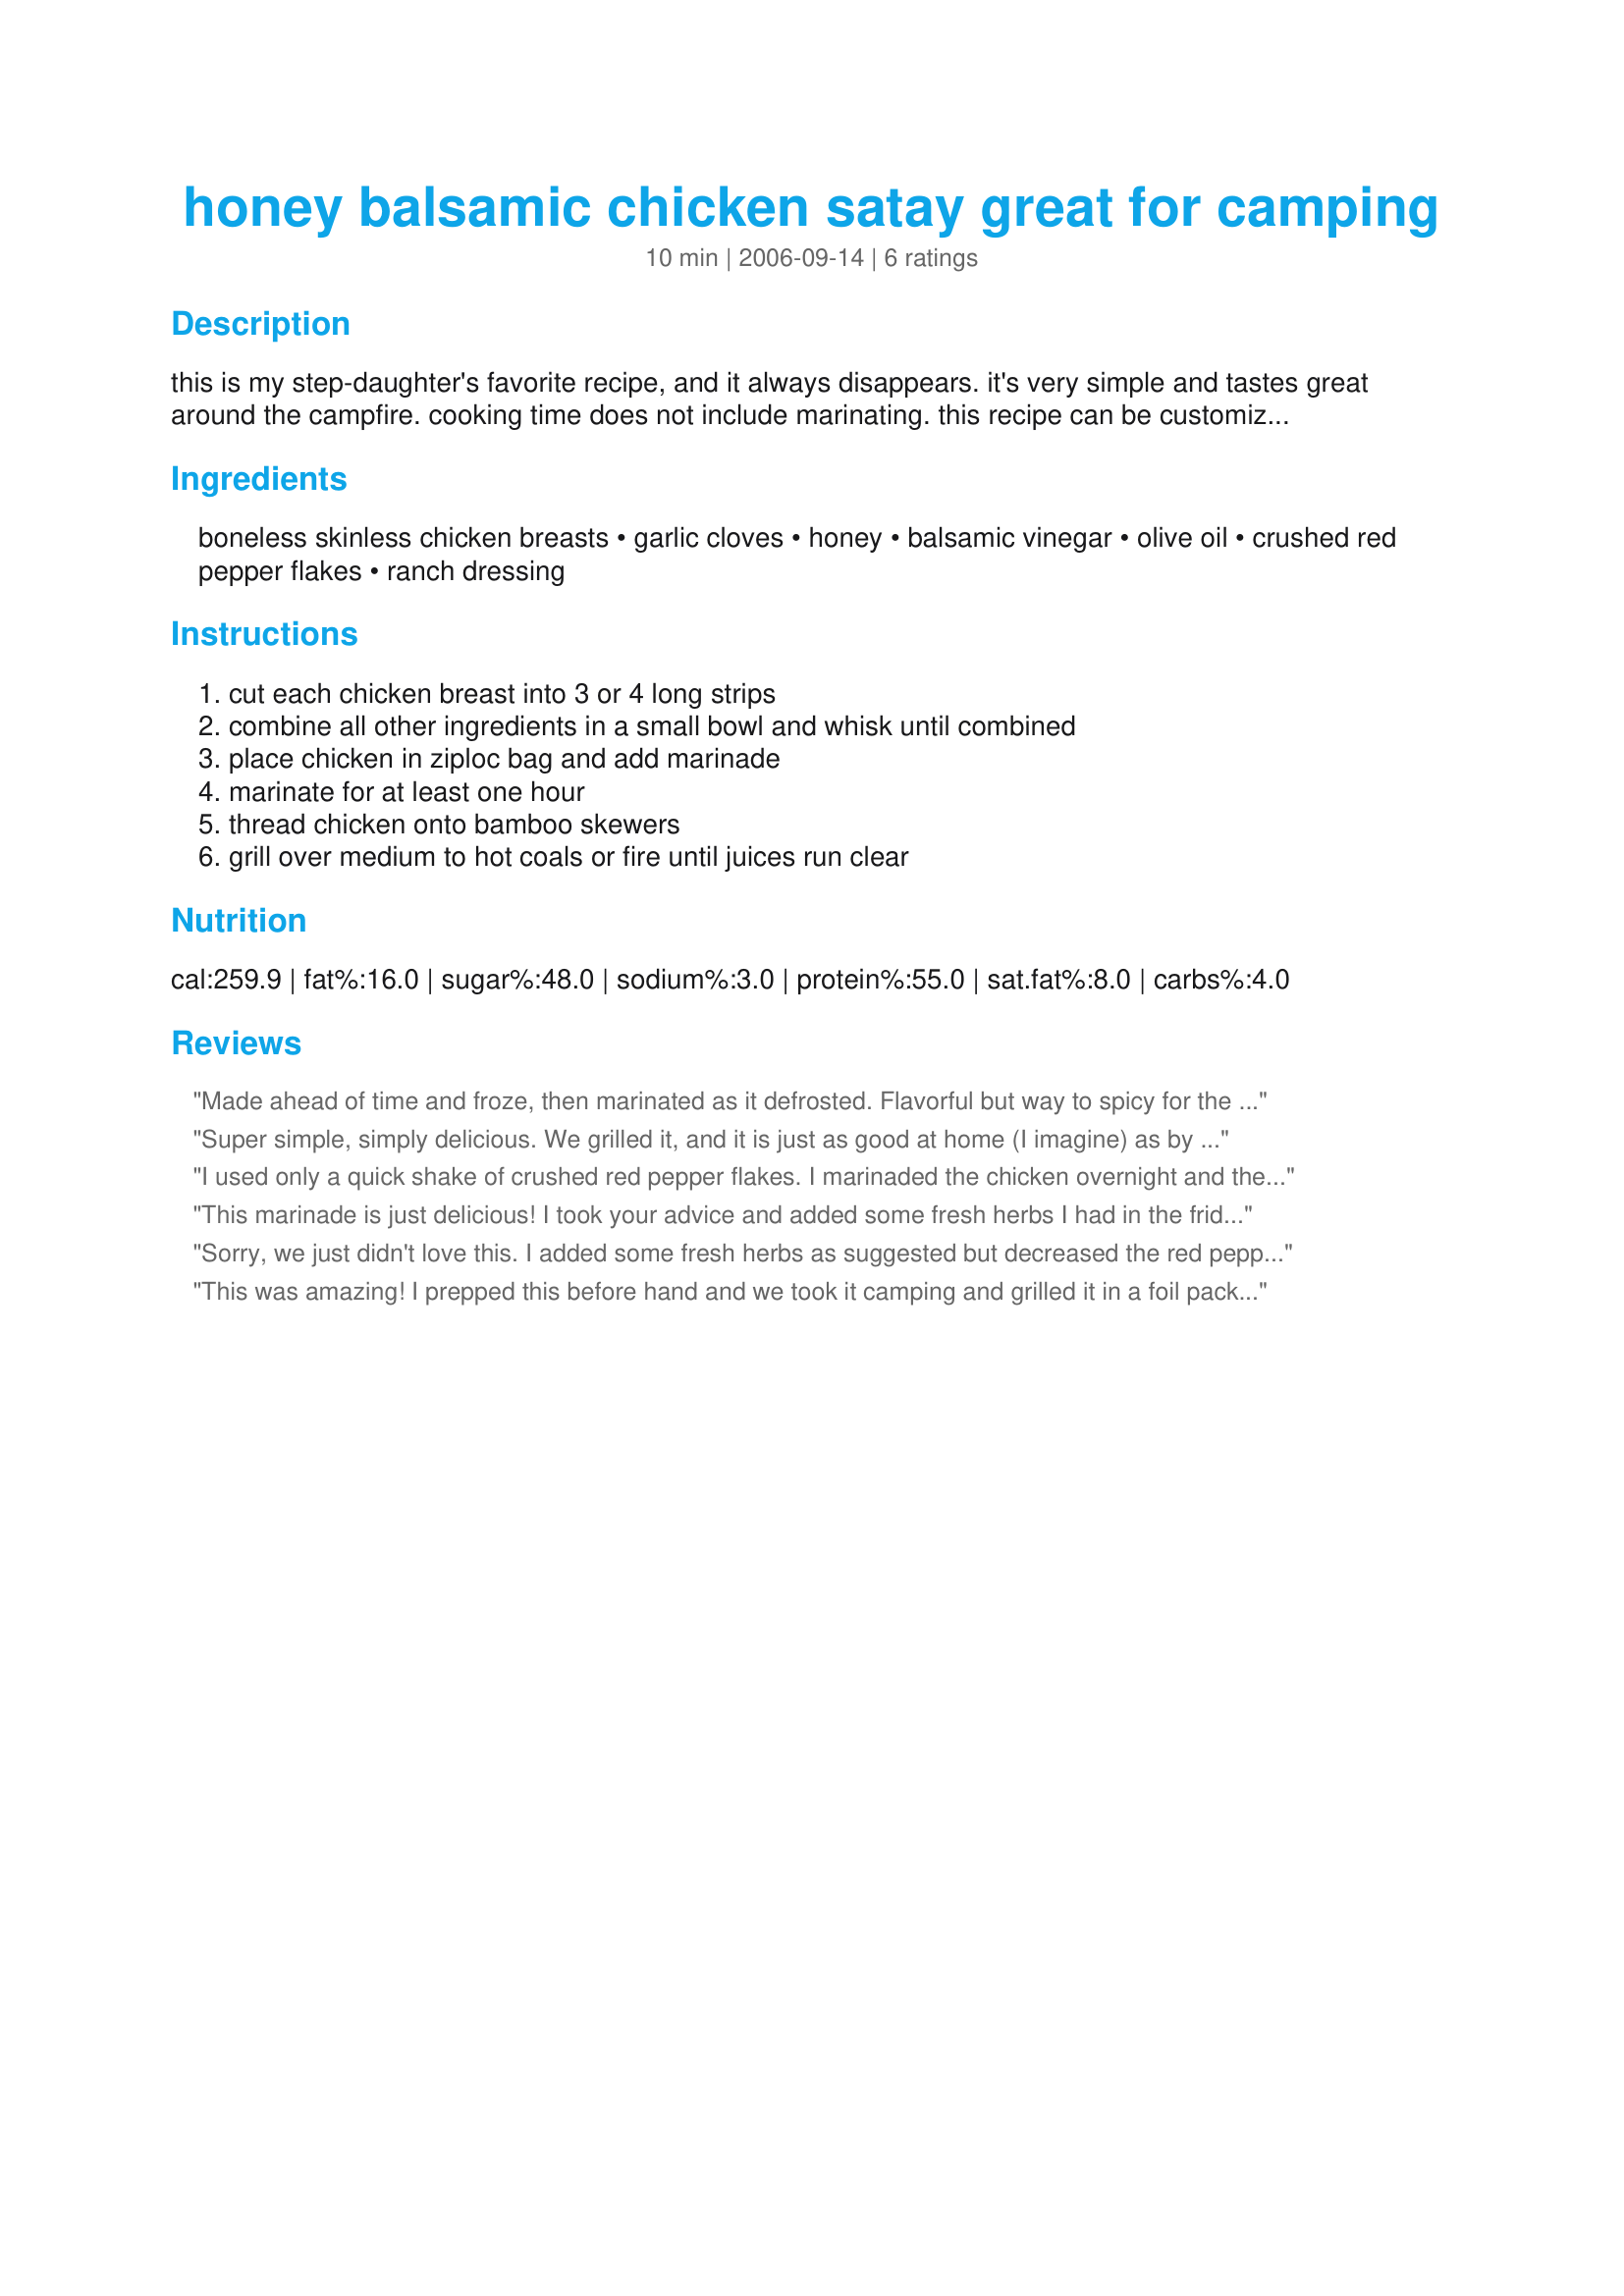
honey balsamic chicken satay great for camping
Preparation time: 10 minutes

this is my step-daughter's favorite recipe, and it always disappears. it's very simple and tastes great around the campfire. cooking time does not include marinating. this recipe can be customized with dried or fresh herbs.

Ingredients:
boneless skinless chicken breasts, garlic cloves, honey, balsamic vinegar, olive oil, crushed red pepper flakes, ranch dressing

Steps:
cut each chicken breast into 3 or 4 long strips, combine all other ingredients in a small bowl and whisk until combined, place chicken in ziploc bag and add marinade, marinate for at least one hour, thread chicken onto bamboo skewers, grill over medium to hot coals or fire until juices run clear

Reviews:
Made ahead of time and froze, then marinated as it defrosted. Flavorful but way to spicy for the kids, would definitely cut down the red pepper flakes next time. Thanks for sharing!
Super simple, simply delicious. We grilled it, and it is just as good at home (I imagine) as by the campfire.
I used only a quick shake of crushed red pepper flakes. I marinaded the chicken overnight and then cooked it on my stove top grill pan. It was very good.
This marinade is just delicious! I took your advice and added some fresh herbs I had in the fridge: some garlic chives and some basil. I also let the chicken marinate for over 7 hours before grilling it up. The chicken was really moist and the flavor was just spectacular. A keeper!
Sorry, we just didn't love this. I added some fresh herbs as suggested but decreased the red pepper flakes to 1 tablespoon. The heat still seemed to overpower the other flavors.
This was amazing! I prepped this before hand and we took it camping and grilled it in a foil packet. I made a double batch of the sauce and put half of it in another foil packet with mushrooms, carrot strips, pineapple, and red peppers. Grilled both for about 20 minutes, combined them in a foil pan and served it over brown rice. the whole group LOVED IT!
Thanks for the recipe! Definitely a keeper!
